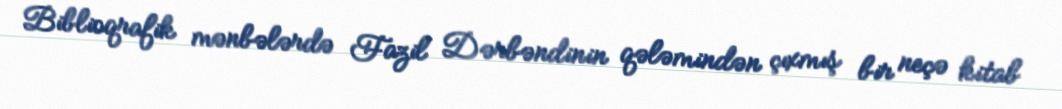
Biblioqrafik mənbələrdə Fazil Dərbəndinin qələmindən çıxmış bir neçə kitab